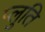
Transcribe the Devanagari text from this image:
प्लुति